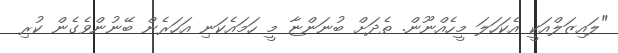
"ލައިޒަލްއަކީ އެކަހަލަ މީހެއްނޫން. ތެދަށް ބުނަންޏާ މީ ހަމައެކަނި އަހަރެން ބޭނުންވެގެން ކުރި